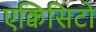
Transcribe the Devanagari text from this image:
एक्विसिटो